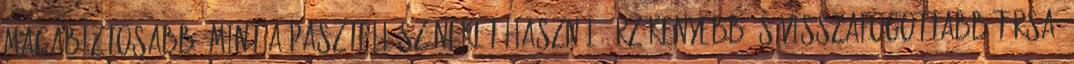
magabiztosabb, mint a pasztell-színeket használó érzékenyebb és visszafogottabb társa.